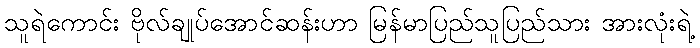
သူရဲကောင်း ဗိုလ်ချုပ်အောင်ဆန်းဟာ မြန်မာပြည်သူပြည်သား အားလုံးရဲ့